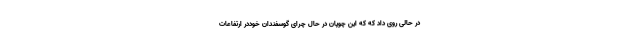
در حالی روی داد که که این چوپان در حال چرای گوسفندان خوددر ارتفاعات